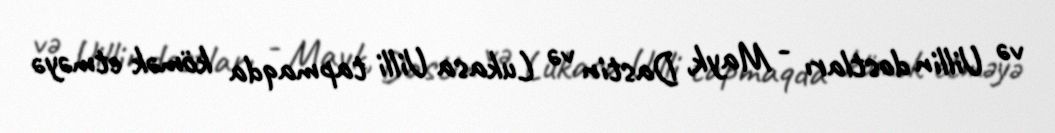
və Uillin dostları - Mayk, Dastin və Lukasa Uilli tapmaqda kömək etməyə